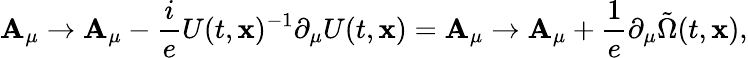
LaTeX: \mathbf{A}_{\mu}\to\mathbf{A}_{\mu}-\frac{{i}}{{e}}U(t,{\mathbf{x}})^{-1}\partial_{\mu}U(t,{\mathbf{x}})=\mathbf{A}_{\mu}\to\mathbf{A}_{\mu}+\frac{{1}}{{e}}\partial_{\mu}\tilde{{\Omega}}(t,{\mathbf{x}}),